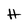
Character: H